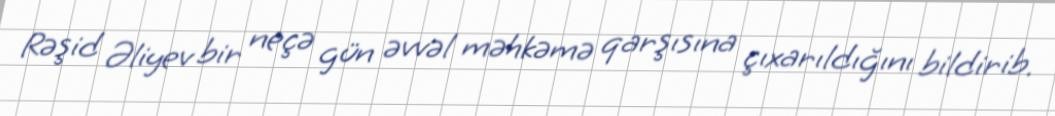
Rəşid Əliyev bir neçə gün əvvəl məhkəmə qarşısına çıxarıldığını bildirib.